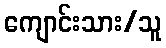
ကျောင်းသား/သူ